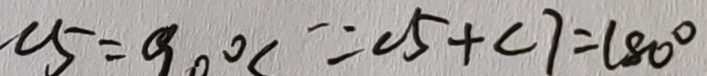
\angle 5 = 9 0 ^ { \circ } \because \angle 5 + \angle 7 = 1 8 0 ^ { \circ }